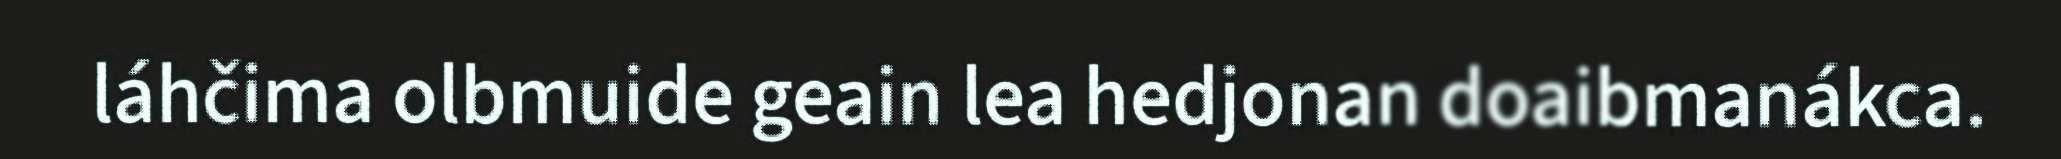
láhčima olbmuide geain lea hedjonan doaibmanákca.